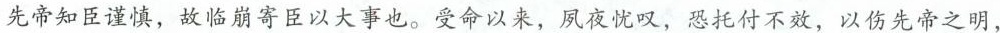
先帝知臣谨慎，故临崩寄臣以大事也。受命以来，夙夜忧叹，恐托付不效，以伤先帝之明，